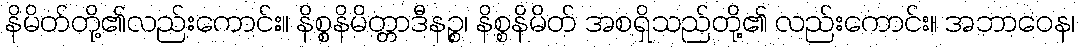
နိမိတ်တို့၏လည်းကောင်း။ နိစ္စနိမိတ္တာဒီနဉ္စ၊ နိစ္စနိမိတ် အစရှိသည်တို့၏ လည်းကောင်း။ အဘာဝေန၊